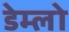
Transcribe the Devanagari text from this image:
डेम्लो